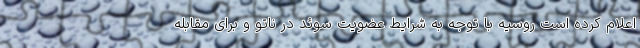
اعلام کرده است روسیه با توجه به شرایط عضویت سوئد در ناتو و برای مقابله